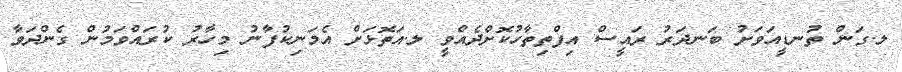
ލ.ގަން ތުނޑީއަވަށު ބަނދަރު ރައީސް އިފްތިތާހުކޮށްދެއްވީ ލ.އަތޮޅަށް އެމަނިކުފާނު މިހާރު ކުރައްވަމުން ގެންދަވާ